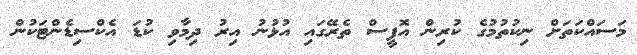
މަސައްކަތަށް ނިކުތުމުގެ ކުރިން އޮފީސް ތެރޭގައި އުޅުނު އިރު ދިމާވި ކުޑަ އެކްސިޑެންޓަކުން